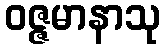
ဝဇ္ဇမာနာသု